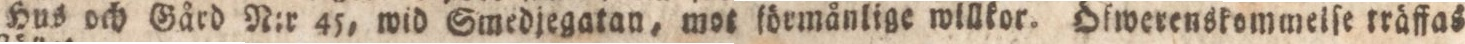
Hus och Gård N:r 45, wid Swedjegatan, mot ſörmånlige willkor. Öfwerenskommelſe rräffas